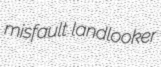
misfault landlooker